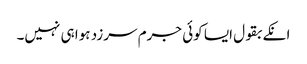
انکے بقول ایسا کوئی جرم سرزد ہوا ہی نہیں۔